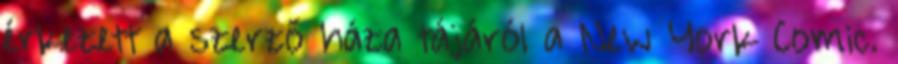
érkezett a szerző háza tájáról a New York Comic.